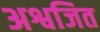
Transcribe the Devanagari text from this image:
अश्वजित